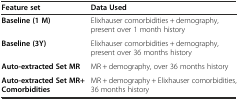
| Feature set | Data Used |
 | --- | --- |
 | Baseline (1 M) | Elixhauser comorbidities + demography, present over 1 month history |
 | Baseline (3Y) | Elixhauser comorbidities + demography, present over 36 months history |
 | Auto-extracted Set MR | MR + demography, over 36 months history |
 | Auto-extracted Set MR+ Comorbidities | MR + demography + Elixhauser comorbidities, 36 months history |